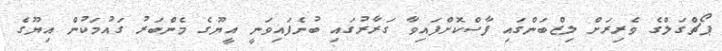
ޕޯޗްގަލްގެ ވެރިރަށް ލިޒްބަންގައި ފާސްކޮށްފައިވާ ގަރާރުގައި ބުނެފައިވަނީ އީޔޫގެ މެންބަރު ގައުމަކުން އިޔޫގެ